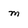
Character: m